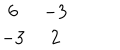
\begin{array} { c c } { { 6 } } & { { - 3 } } \\ { { - 3 } } & { { 2 } } \\ \end{array}